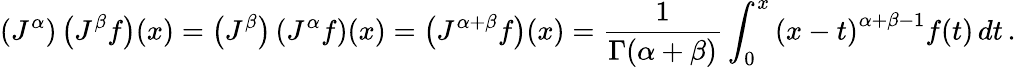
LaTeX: \left(J^{\alpha}\right)\left(J^{\beta}f\right)(x)=\left(J^{\beta}\right)\left(J^{\alpha}f\right)(x)=\left(J^{\alpha+\beta}f\right)(x)={\frac{1}{\Gamma(\alpha+\beta)}}\int_{0}^{x}\left(x-t\right)^{\alpha+\beta-1}f(t)\, dt\, .